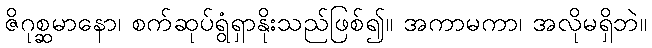
ဇိဂုစ္ဆမာနော၊ စက်ဆုပ်ရွံရှာနိုးသည်ဖြစ်၍။ အကာမကာ၊ အလိုမရှိဘဲ။